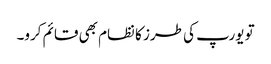
تو یورپ کی طرز کا نظام بھی قائم کرو۔